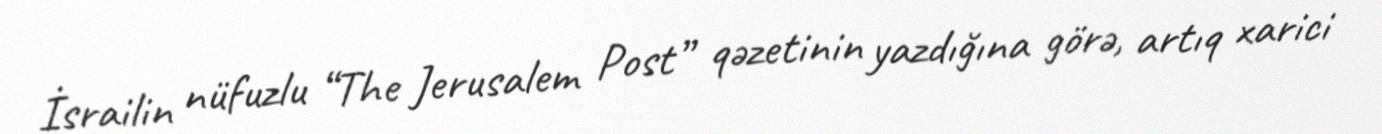
İsrailin nüfuzlu “The Jerusalem Post” qəzetinin yazdığına görə, artıq xarici